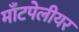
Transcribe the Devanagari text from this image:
माँटपेलीयर